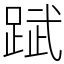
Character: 䟼